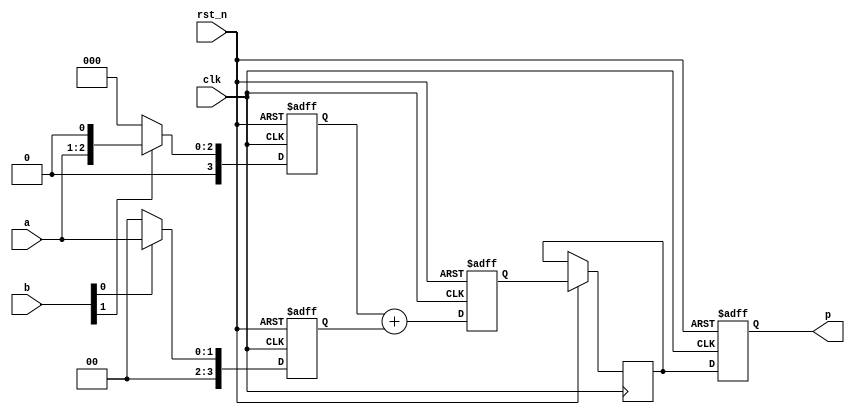
module top(
    input [1:0] a,
    input [1:0] b,
	 input clk,
	 input  rst_n,
    output [3:0] p
    );
	
	reg [3:0] p;
	reg [3:0] store0;
	reg [3:0] store1;
	reg [3:0] mul_out01;
	reg [3:0] add01;

always @(posedge clk or negedge rst_n) begin
    if(!rst_n) begin
			p <= 0;
        store0 <= 0;
        store1 <= 0;
			add01 <= 0;
    end
else begin
store0 <= b[0]? {2'b0, a} : 4'b0;
store1 <= b[1]? {1'b0, a, 1'b0} : 4'b0;

add01 <= store1 + store0;

mul_out01 <= add01;

p <= mul_out01;

    end
end
endmodule